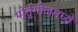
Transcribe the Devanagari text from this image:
पोर्तुगीजमध्ये